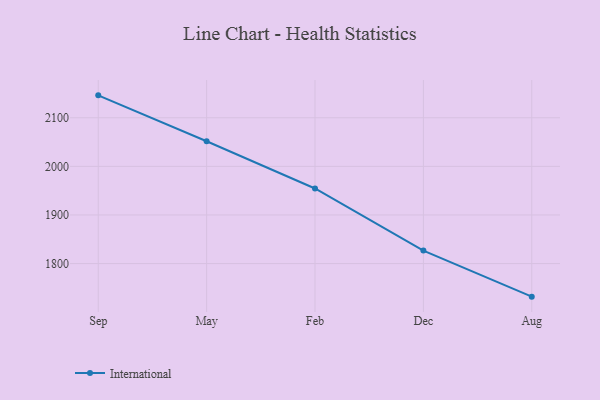
{"axis": {"x": "Month", "y": "Humidity (%)"}, "legend": ["International"], "data": [{"x": "Sep", "y": 2146.1, "type": "International"}, {"x": "May", "y": 2051.7, "type": "International"}, {"x": "Feb", "y": 1954.5, "type": "International"}, {"x": "Dec", "y": 1826.8, "type": "International"}, {"x": "Aug", "y": 1732.0, "type": "International"}]}